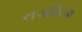
નગદિયા